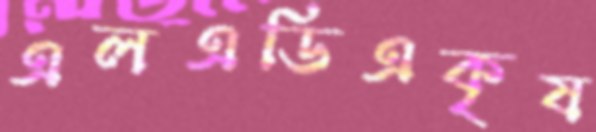
এলএডিএকৃষ